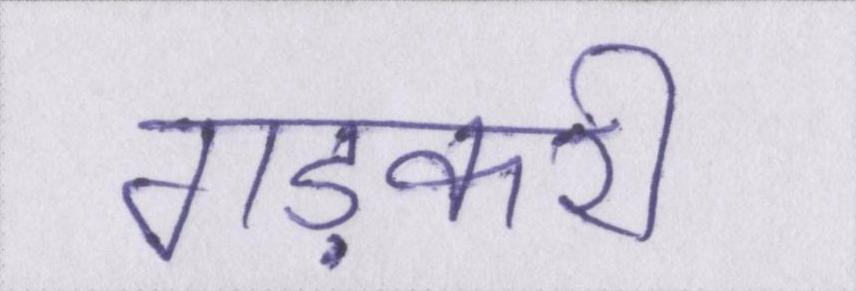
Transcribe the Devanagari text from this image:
गड़करी